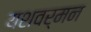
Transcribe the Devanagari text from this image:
यशवर्मन